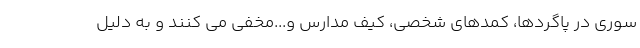
سوری در پاگردها، کمدهای شخصی، کیف مدارس و...مخفی می کنند و به دلیل